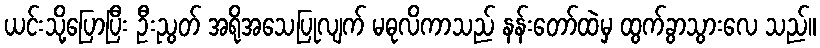
ယင်းသို့ပြောပြီး ဦးညွတ် အရိုအသေပြုလျက် မဓုလိကာသည် နန်းတော်ထဲမှ ထွက်ခွာသွားလေ သည်။